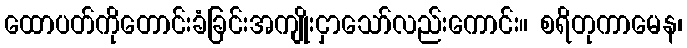
ထောပတ်ကိုတောင်းခံခြင်းအကျိုးငှာသော်လည်းကောင်း။ စရိတုကာမေန၊